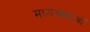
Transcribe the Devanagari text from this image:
मध्यच्छदाओं